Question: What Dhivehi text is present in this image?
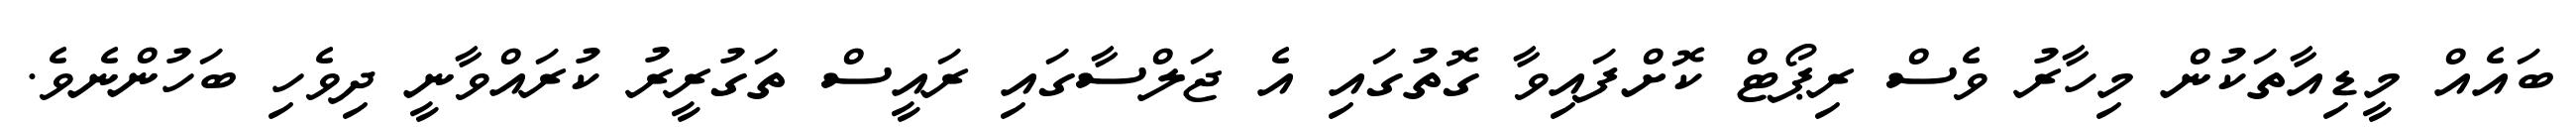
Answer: ބައެއް މީޑިއާތަކުން މިހާރު ވެސް ރިޕޯޓް ކޮށްފައިވާ ގޮތުގައި އެ ޖަލްސާގައި ރައީސް ތަގުރީރު ކުރައްވާނީ ދިވެހި ބަހުންނެވެ.